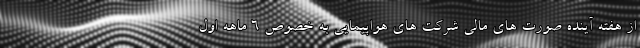
از هفته آینده صورت های مالی شرکت های هواپیمایی به خصوص ۶ ماهه اول